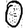
Digit: 0